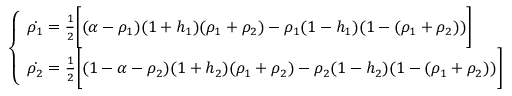
\left\{ \begin{array} { l l } { \dot { \rho _ { 1 } } = \frac { 1 } { 2 } \bigg [ ( \alpha - \rho _ { 1 } ) ( 1 + h _ { 1 } ) ( \rho _ { 1 } + \rho _ { 2 } ) - \rho _ { 1 } ( 1 - h _ { 1 } ) ( 1 - ( \rho _ { 1 } + \rho _ { 2 } ) ) \bigg ] } \\ { \dot { \rho _ { 2 } } = \frac { 1 } { 2 } \bigg [ ( 1 - \alpha - \rho _ { 2 } ) ( 1 + h _ { 2 } ) ( \rho _ { 1 } + \rho _ { 2 } ) - \rho _ { 2 } ( 1 - h _ { 2 } ) ( 1 - ( \rho _ { 1 } + \rho _ { 2 } ) ) \bigg ] } \end{array} \right.